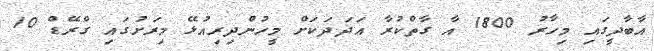
އާބާދީގައި މިހާރު 1800 އާ ގާތްކުރާ ޢަދަދަކަށް މީހުންދިރިއުޅޭ މިރަށުގައި ގްރޭޑް 10